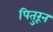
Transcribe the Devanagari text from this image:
पितुरून